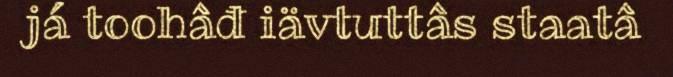
já toohâđ iävtuttâs staatâ